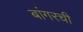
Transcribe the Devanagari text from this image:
बांगरची